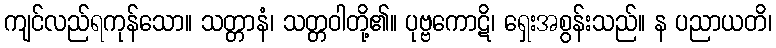
ကျင်လည်ရကုန်သော။ သတ္တာနံ၊ သတ္တဝါတို့၏။ ပုဗ္ဗကောဋိ၊ ရှေးအစွန်းသည်။ န ပညာယတိ၊